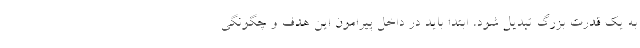
به یک قدرت بزرگ تبدیل شود، ابتدا باید در داخل پیرامون این هدف و چگونگی